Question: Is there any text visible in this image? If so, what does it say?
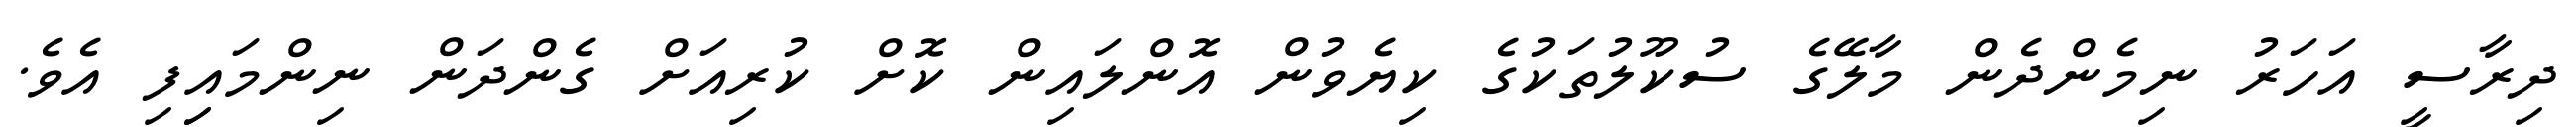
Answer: ދިރާސީ އަހަރު ނިމެންދެން މާލޭގެ ސުކޫލުތަކުގެ ކިޔެވުން އޮންލައިން ކޮށް ކުރިއަށް ގެންދަން ނިންމައިިފި އެވެ.